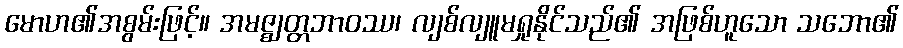
မောဟ၏အစွမ်းဖြင့်။ အမဇ္ဈတ္တဘာဝဿ၊ လျစ်လျူမရှုနိုင်သည်၏ အဖြစ်ဟူသော သဘော၏